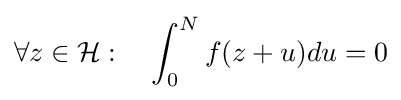
\forall z\in {\mathcal {H}}:\quad \int _{0}^{N}f(z+u)du=0